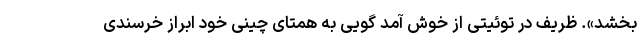
بخشد». ظریف در توئیتی از خوش آمد گویی به همتای چینی خود ابراز خرسندی